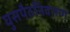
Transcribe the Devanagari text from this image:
घुसपैठनिवारण